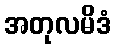
အတုလမိဒံ